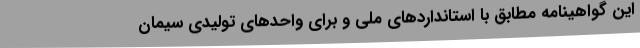
این گواهینامه مطابق با استانداردهای ملی و برای واحدهای تولیدی سیمان